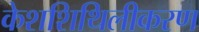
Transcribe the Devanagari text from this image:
केशशिथिलीकरण